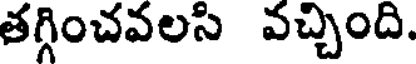
తగ్గించవలసి వచ్చింది.